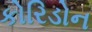
કોરિડોન